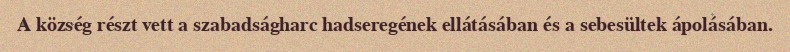
A község részt vett a szabadságharc hadseregének ellátásában és a sebesültek ápolásában.